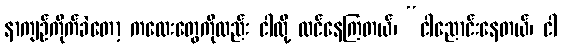
နာကျဉ်ကိုက်ခဲတော့ ကလေးတွေကိုလည်း ငါလို့ ထင်နေကြတယ်၊ “ငါညောင်းနေတယ်၊ ငါ